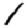
Digit: 1